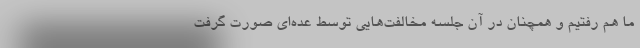
ما هم رفتيم و همچنان در آن جلسه مخالفت‌هايي توسط عده‌اي صورت گرفت